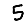
Digit: 5